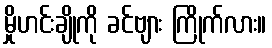
မှိုဟင်းချိုကို ခင်ဗျား ကြိုက်လား။